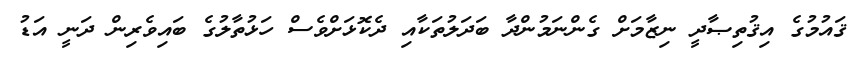
ޤައުމުގެ އިޤުތިޞާދީ ނިޒާމަށް ގެންނަމުންދާ ބަދަލުތަކާއި ދެކޮޅަށްވެސް ހަޅުތާލުގެ ބައިވެރިން ދަނީ އަޑު